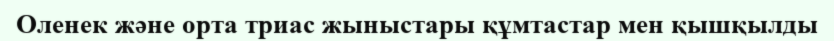
Оленек және орта триас жыныстары құмтастар мен қышқылды